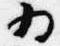
為